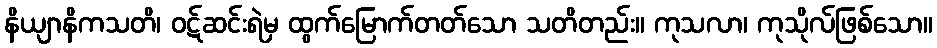
နိယျာနိကသတိ၊ ဝဋ်ဆင်းရဲမှ ထွက်မြောက်တတ်သော သတိတည်း။ ကုသလာ၊ ကုသိုလ်ဖြစ်သော။